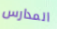
المدارس